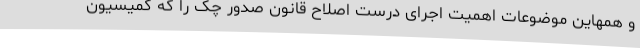
و همهاین موضوعات اهمیت اجرای درست اصلاح قانون صدور چک را که کمیسیون